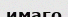
имаго